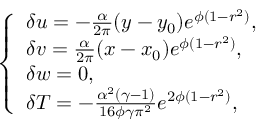
\left\{ \begin{array} { l l } { \delta u = - \frac { \alpha } { 2 \pi } ( y - y _ { 0 } ) e ^ { \phi ( 1 - r ^ { 2 } ) } , } \\ { \delta v = \frac { \alpha } { 2 \pi } ( x - x _ { 0 } ) e ^ { \phi ( 1 - r ^ { 2 } ) } , } \\ { \delta w = 0 , } \\ { \delta T = - \frac { \alpha ^ { 2 } ( \gamma - 1 ) } { 1 6 \phi \gamma \pi ^ { 2 } } e ^ { 2 \phi ( 1 - r ^ { 2 } ) } , } \end{array} \right.